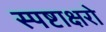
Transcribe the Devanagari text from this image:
स्पष्टाक्षरो